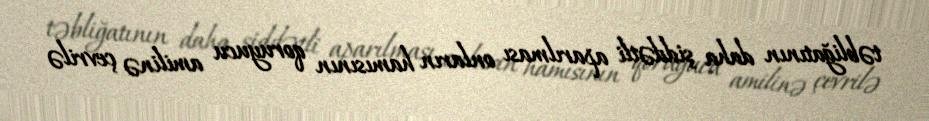
təbliğatının daha şiddətli aparılması onların hamısının qoruyucu amilinə çevrilə